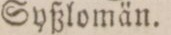
Syßlomän.